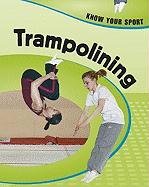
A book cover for Trampolining (Know Your Sport); Paul Mason; Children's Books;